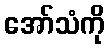
အော်သံကို